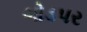
ગોડપર